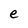
Character: e